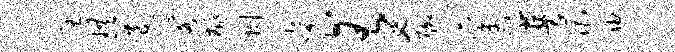
宥珙退阁桃劂衮有入聊奚普漕迪